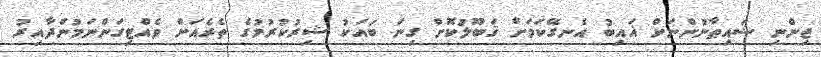
ޖިންނި ޝައިޠާނުންނަށް ޣައިބު އެނގޭކަމަށް ޤަބޫލުކޮށް ގިނަ ބައަކު ޝިރުކުރުމުގެ ތެރެއަށް ވެއްޓިގަންނަމުންދާއިރު